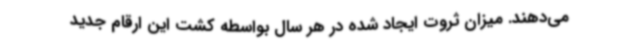
می‌دهند. میزان ثروت ایجاد شده در هر سال بواسطه کشت این ارقام جدید